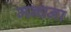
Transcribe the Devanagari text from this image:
मन्धना